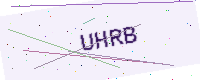
Text: UHRB